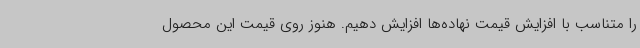
را متناسب با افزایش قیمت نهاده‌ها افزایش دهیم. هنوز روی قیمت این محصول